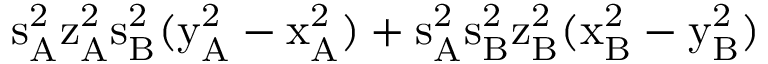
\mathrm { s _ { A } ^ { 2 } \mathrm { z _ { A } ^ { 2 } \mathrm { s _ { B } ^ { 2 } ( \mathrm { y _ { A } ^ { 2 } - \mathrm { x _ { A } ^ { 2 } ) + \mathrm { s _ { A } ^ { 2 } \mathrm { s _ { B } ^ { 2 } \mathrm { z _ { B } ^ { 2 } ( \mathrm { x _ { B } ^ { 2 } - \mathrm { y _ { B } ^ { 2 } ) } } } } } } } } } }